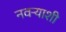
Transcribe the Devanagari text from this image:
नवर्‍याशी